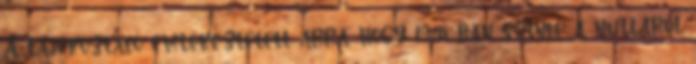
A Tájékoztató emlékeztetett arra, hogy 1948-ban szinte a nulláról